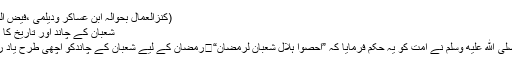
(کنزالعمال بحوالہ ابن عساکر ودیلمی ،فیض القدیر)
شعبان کے چاند اور تاریخ کا اہتمام
آپ صلى الله عليه وسلم نے امت کو یہ حکم فرمایا کہ ”احصوا ہلال شعبان لرمضان“․رمضان کے لیے شعبان کے چاندکو اچھی طرح یاد رکھو۔